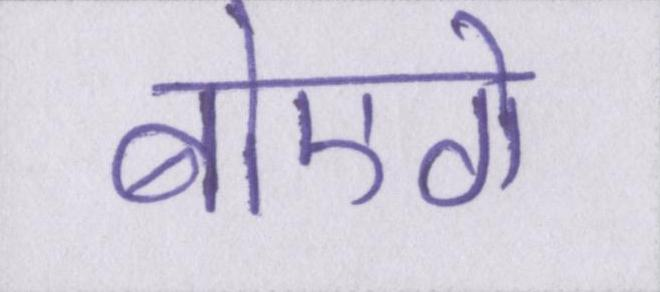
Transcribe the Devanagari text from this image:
बोएगे